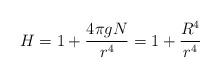
LaTeX: \begin{align*}H=1+\frac{4\pi gN}{r^4}= 1+\frac{R^4}{r^4}\end{align*}